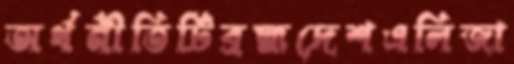
অর্থনীতিটিব্রহ্মদেশএলিজা